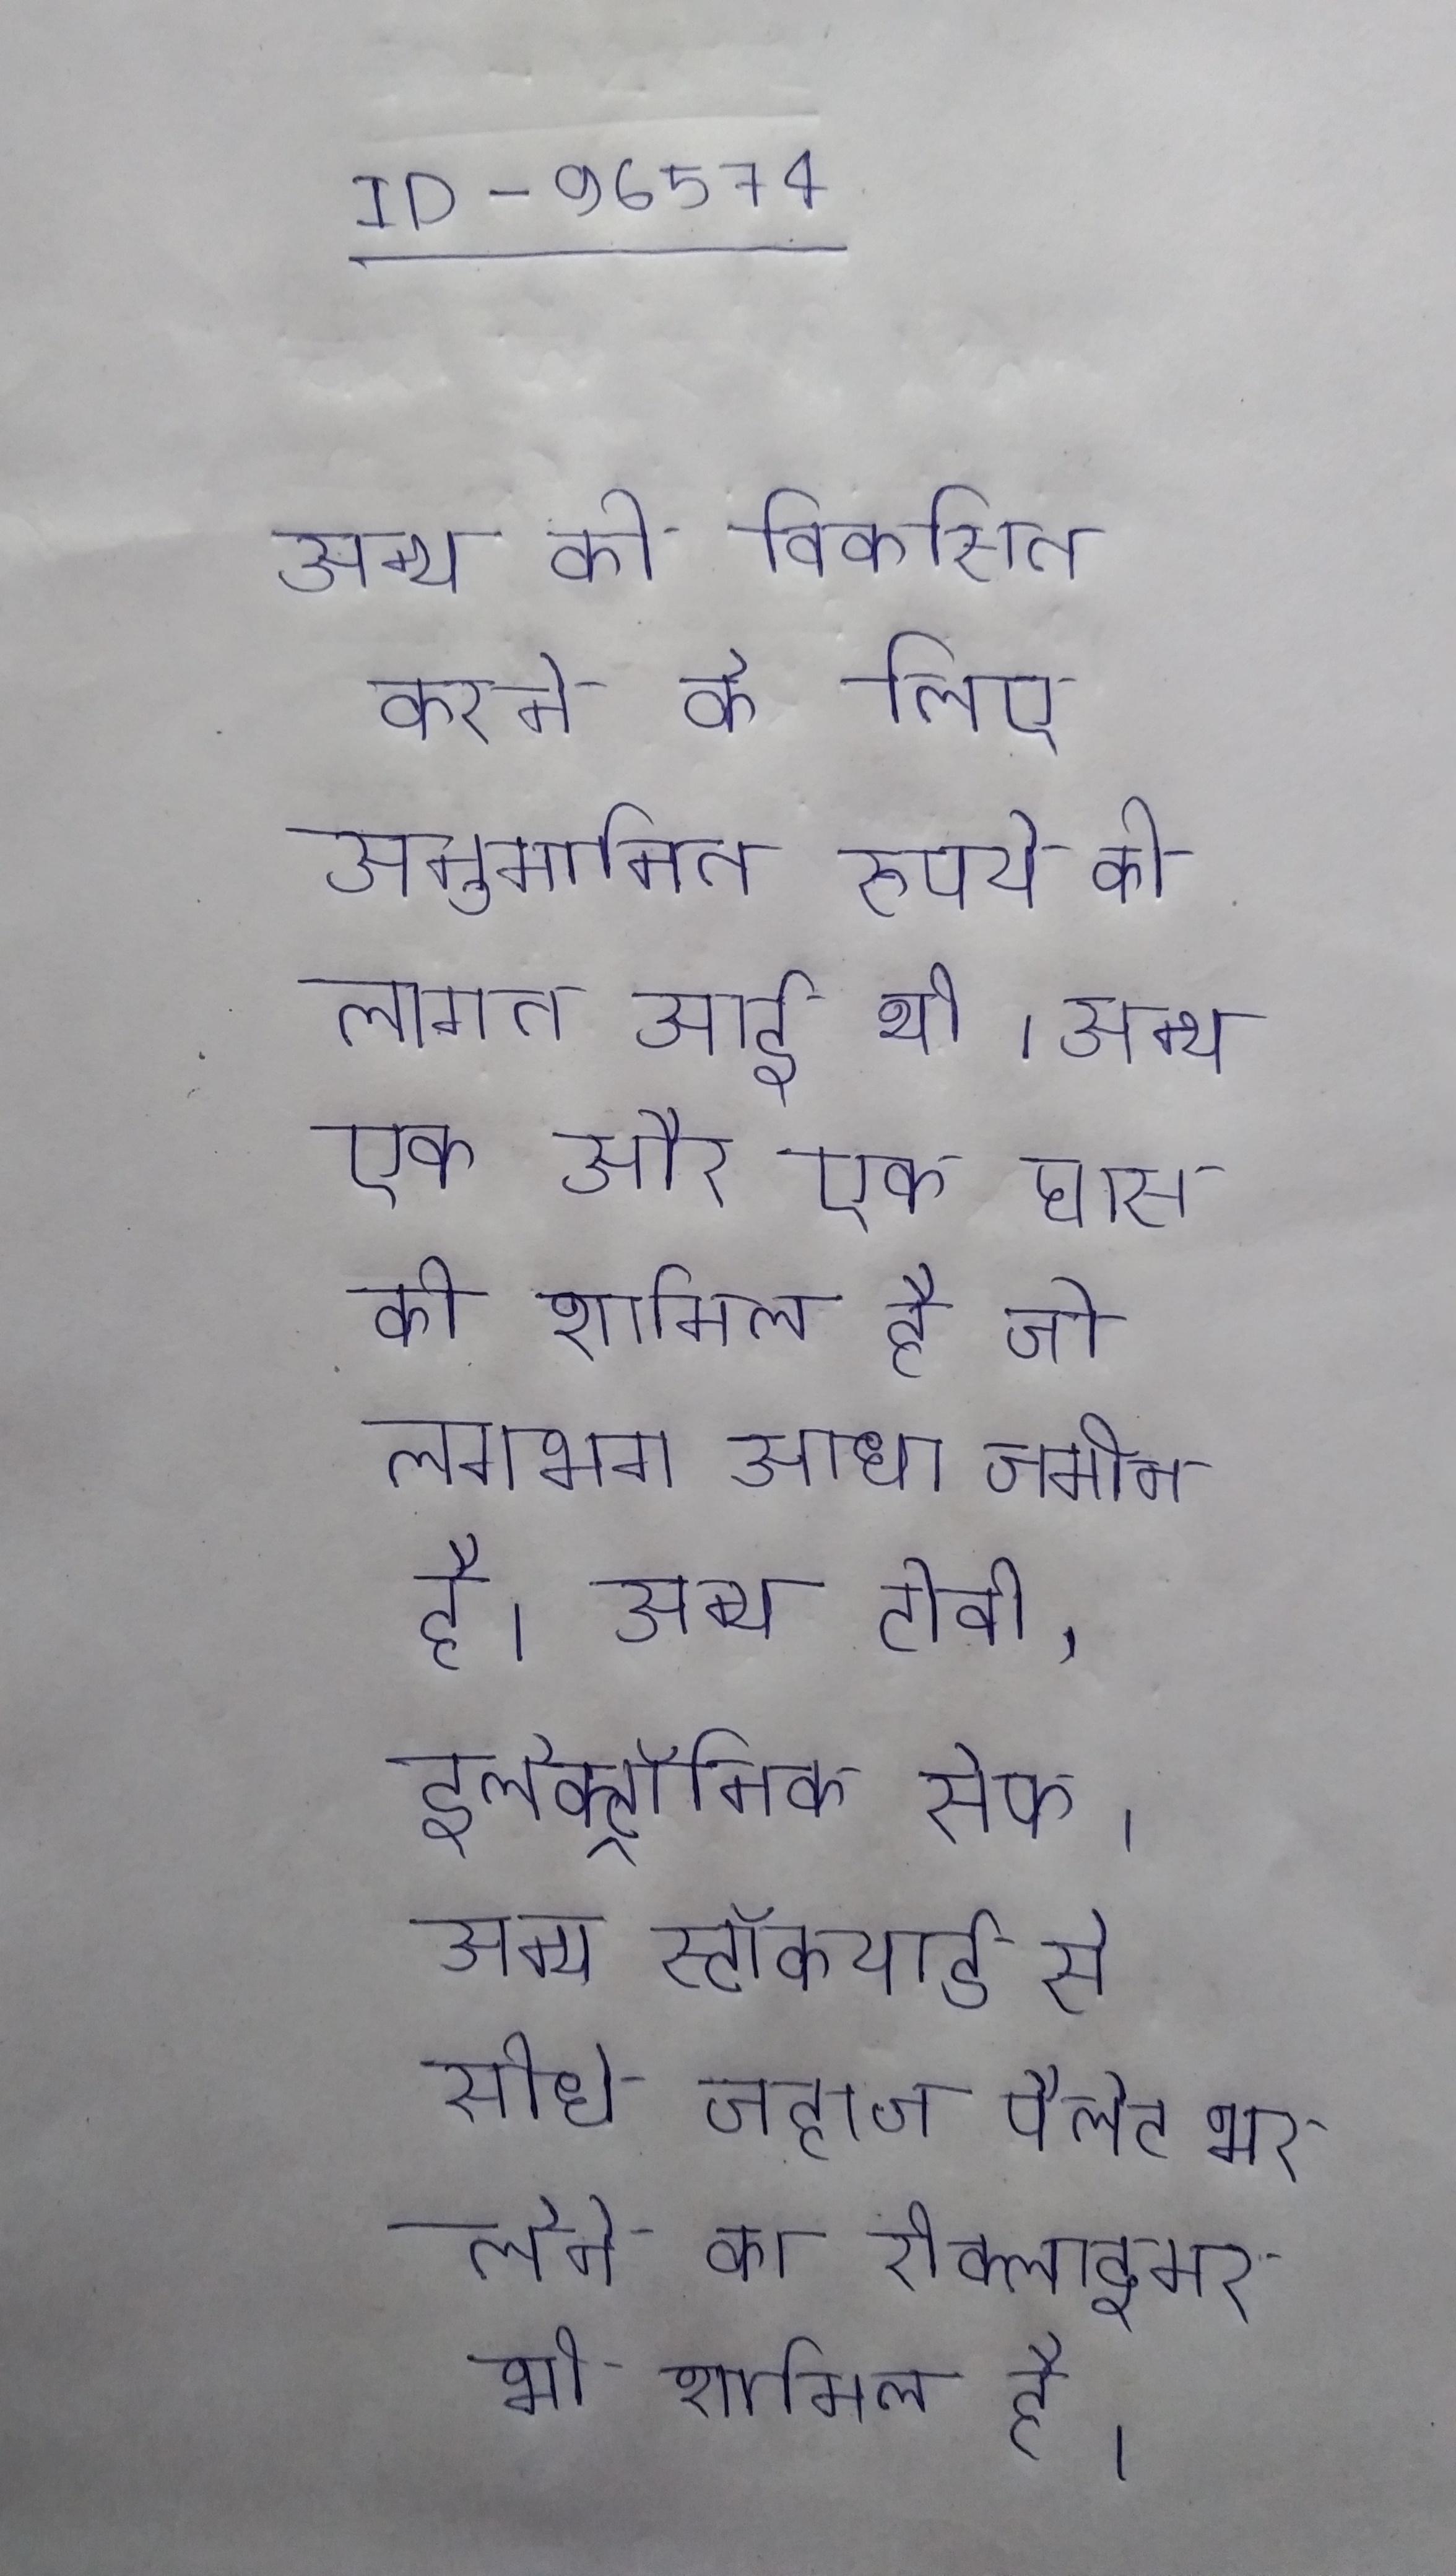
अन्य को विकसित करने के लिए अनुमानित रुपये की लागत आई थी । अन्य एक और एक घास की शामिल है जो लगभग आधा जमीन है । अन्य टीवी, इलेक्ट्रॉनिक सेफ । अन्य स्टॉकयार्ड से सीधे जहाज पैलेट भर लेने का रीक्लाइमर भी शामिल है ।